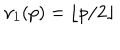
\nu _ { 1 } ( p ) = \lfloor p / 2 \rfloor